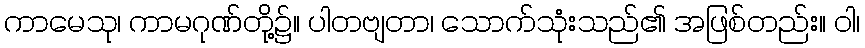
ကာမေသု၊ ကာမဂုဏ်တို့၌။ ပါတဗျတာ၊ သောက်သုံးသည်၏ အဖြစ်တည်း။ ဝါ၊